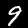
Label: 9